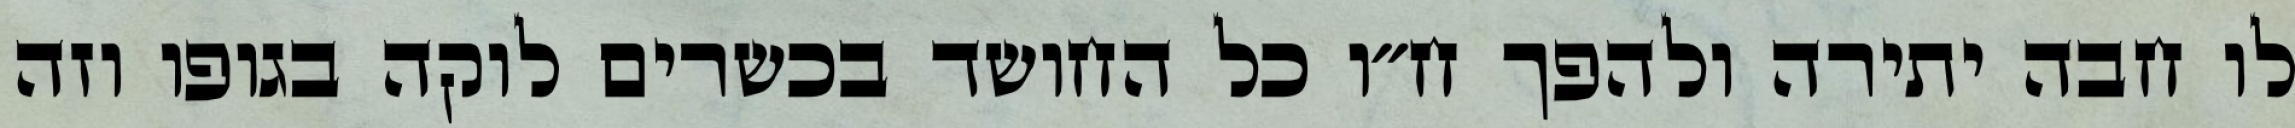
לו חבה יתירה ולהפך ח״ו כל החושד בכשרים לוקה בגופו וזה